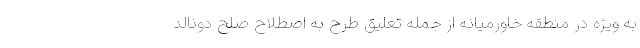
به ویژه در منطقه خاورمیانه از جمله تعلیق طرح به اصطلاح صلح دونالد